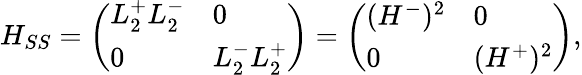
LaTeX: H_{SS}=\left(\begin{array}{ll}{L_{2}^{+}L_{2}^{-}}&{0}\\ {0}&{L_{2}^{-}L_{2}^{+}}\end{array}\right)=\left(\begin{array}{ll}{(H^{-})^{2}}&{0}\\ {0}&{(H^{+})^{2}}\end{array}\right),